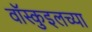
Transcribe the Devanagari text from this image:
वॉस्कुइलच्या